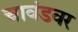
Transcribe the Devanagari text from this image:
चावंडवर